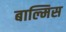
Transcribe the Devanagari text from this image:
बाल्मिस